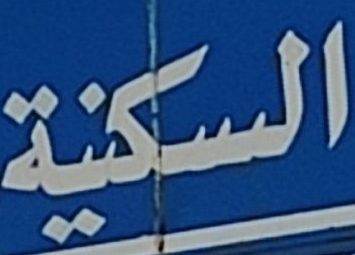
السكنية